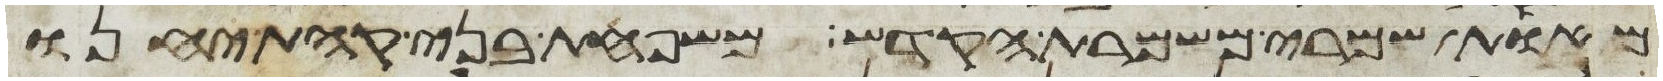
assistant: מאות שמרי משמרת הקדש משפחת בני קהת יחנו